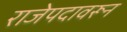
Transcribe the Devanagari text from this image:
राजेपदावरून